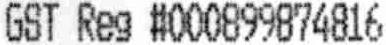
GST REG #000899874816